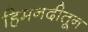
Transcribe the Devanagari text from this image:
हिमनदीतून